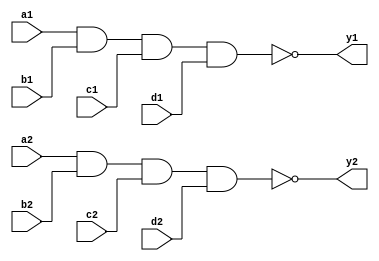
`timescale 1ns / 1ps
/////////////////////////////////////////////////////////////////
// Module Name: two_4_input_nand_gate
// Description: Two 4-input NAND gate with DELAY configuration parameter
// Parameters: DELAY
/////////////////////////////////////////////////////////////////

module two_4_input_nand_gate#(parameter DELAY = 10)(
    input wire a1,b1,c1,d1,a2,b2,c2,d2,
    output wire y1,y2
    );
    
    nand #DELAY (y1,a1,b1,c1,d1);
    nand #DELAY (y2,a2,b2,c2,d2);
    
endmodule